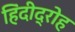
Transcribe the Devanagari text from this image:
हिंदीद्रोह